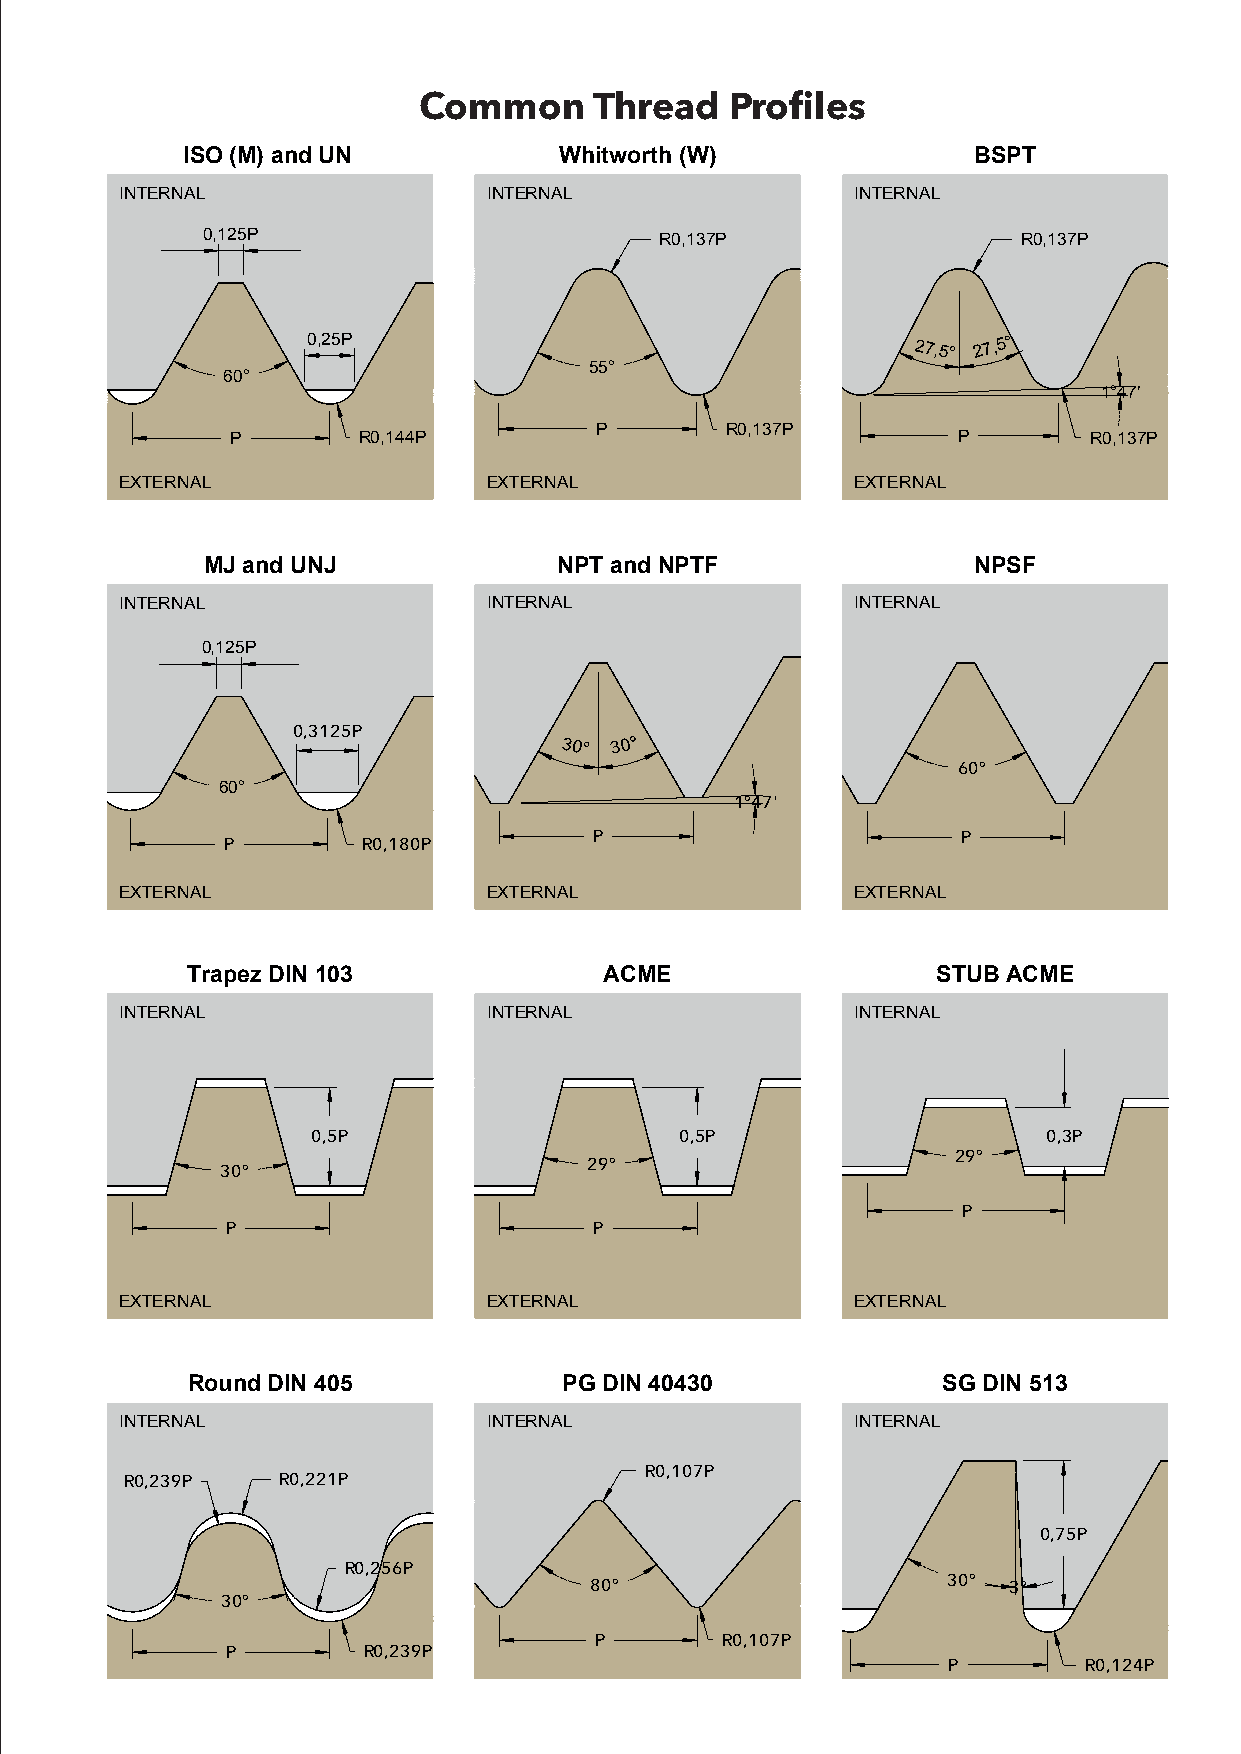
Common     Thread   Profiles
 ISO (M) and UN           Whitworth (W)              BSPT
 INTERNAL                INTERNAL                 INTERNAL
 0,125P                         R0,137P                 R0,137P
 0,25P                                   27,5° 27,5°
 55°
 60°
 1°47'
 P        R0,137P
 P        R0,144P                                P        R0,137P
 EXTERNAL                EXTERNAL                 EXTERNAL
 MJ and UNJ              NPT and NPTF               NPSF
 INTERNAL                INTERNAL                 INTERNAL
 0,125P
 0,3125P
 30° 30°
 60°
 60°
 1°47'
 P                        P
 P        R0,180P
 EXTERNAL                EXTERNAL                 EXTERNAL
 Trapez DIN 103              ACME                  STUB ACME
 INTERNAL                INTERNAL                 INTERNAL
 0,5P                    0,5P                    0,3P
 29°
 29°
 30°
 P
 P                       P
 EXTERNAL                EXTERNAL                 EXTERNAL
 Round DIN 405            PG DIN 40430             SG DIN 513
 INTERNAL                INTERNAL                 INTERNAL
 R0,107P
 R0,239P   R0,221P
 0,75P
 R0,256P
 80°                     30° 3°
 30°
 P        R0,107P
 P        R0,239P
 P        R0,124P
 EXTERNAL                EXTERNAL                 EXTERNAL